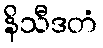
နိသီဒတံ